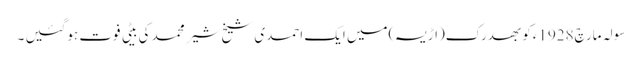
سولہ مارچ1928ءکو بھدرک(اڑیسہ)میں ایک احمدی شیخ شیر محمد کی بیٹی فوت ہوگئیں ۔